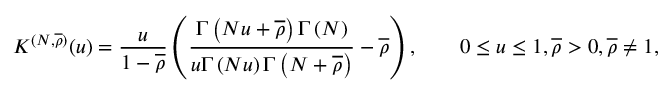
K ^ { ( N , \overline { { \rho } } ) } ( u ) = \frac { u } { 1 - \overline { { \rho } } } \left( \frac { \Gamma \left( N u + \overline { { \rho } } \right) \Gamma \left( N \right) } { u \Gamma \left( N u \right) \Gamma \left( N + \overline { { \rho } } \right) } - \overline { { \rho } } \right) , \qquad 0 \le u \le 1 , \overline { { \rho } } > 0 , \overline { { \rho } } \neq 1 ,